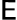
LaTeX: {\cal\mathsf{E}}